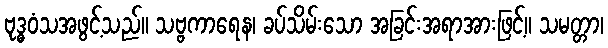
ဗုဒ္ဓဝံသအဖွင့်သည်။ သဗ္ဗကာရေန၊ ခပ်သိမ်းသော အခြင်းအရာအားဖြင့်။ သမတ္တာ၊